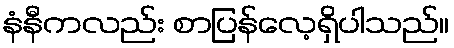
နံနီကလည်း စာပြန်လေ့ရှိပါသည်။